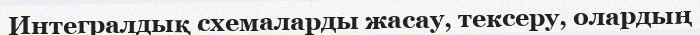
Интегралдық схемаларды жасау, тексеру, олардың